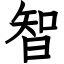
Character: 智